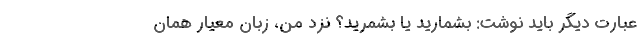
عبارت دیگر باید نوشت: بشمارید یا بشمُرید؟ نزد من، زبان معیار همان